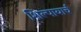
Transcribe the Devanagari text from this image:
शिल्पायार्च